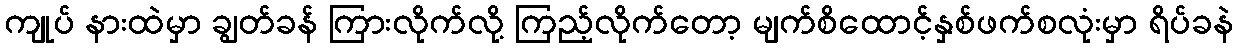
ကျုပ် နားထဲမှာ ချွတ်ခန် ကြားလိုက်လို့ ကြည့်လိုက်တော့ မျက်စိထောင့်နှစ်ဖက်စလုံးမှာ ရိပ်ခနဲ